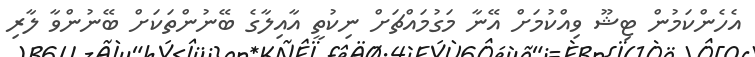
އެހެންކަމުން ޓިޝޫ ވިއްކުމަށް އޭނާ މަގުމައްޗަށް ނިކުތީ އާއިލާގެ ބޭނުންތަކަށް ބޭނުންވާ ލާރި